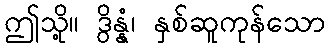
ဤသို့။ ဒွိန္နံ၊ နှစ်ဆူကုန်သော